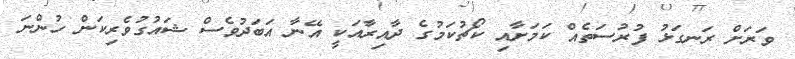
ވަރަށް ރަނގަޅު ފުރުސަތެއް ކަމަށާއި ކޯޗުކަމުގެ ދާއިރާއަކީ އޭނާ އަބަދުވެސް ޝައުގުވެރިކަން ހުންނަ